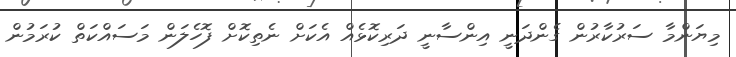
މިޔަންމާ ސަރުކާރުން ގެންދަނީ އިންސާނީ ދަރިކޮޅެއް އެކަށް ނެތިކޮށް ފޮހެލަން މަސައްކަތް ކުރަމުން